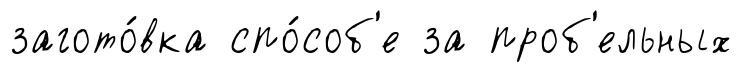
загото́вка спо́соб'е за проб'ельных